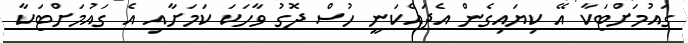
ގައުމަށްޓަކާ އޭ ކިޔައިގެން އެދައްކަނީ ހުސް ދޮގު ވާހަކަ ކަމަށާއި އެ ގައުމަށްޓަކާ